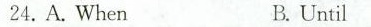
24. A. When B.Until